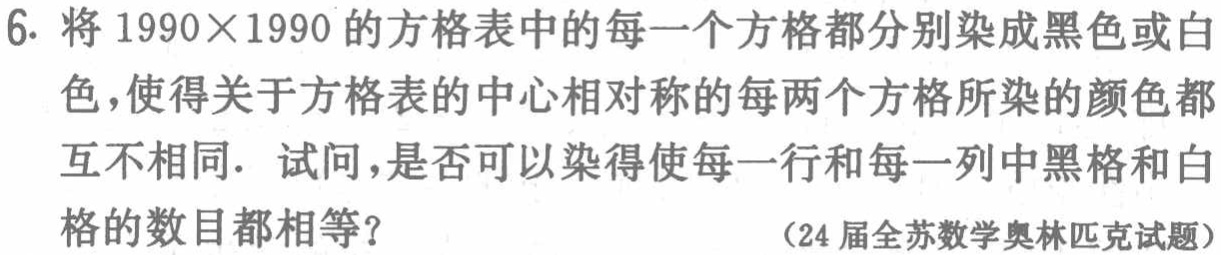
6. 将 \(1990\times1990\) 的方格表中的每一个方格都分别染成黑色或白色，使得关于方格表的中心相对称的每两个方格所染的颜色都互不相同．试问，是否可以染得使每一行和每一列中黑格和白格的数目都相等？

（24届全苏数学奥林匹克试题）